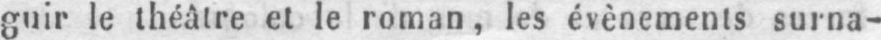
guir le théâtre et le roman, les évènements surna-